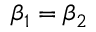
\beta _ { 1 } = \beta _ { 2 }